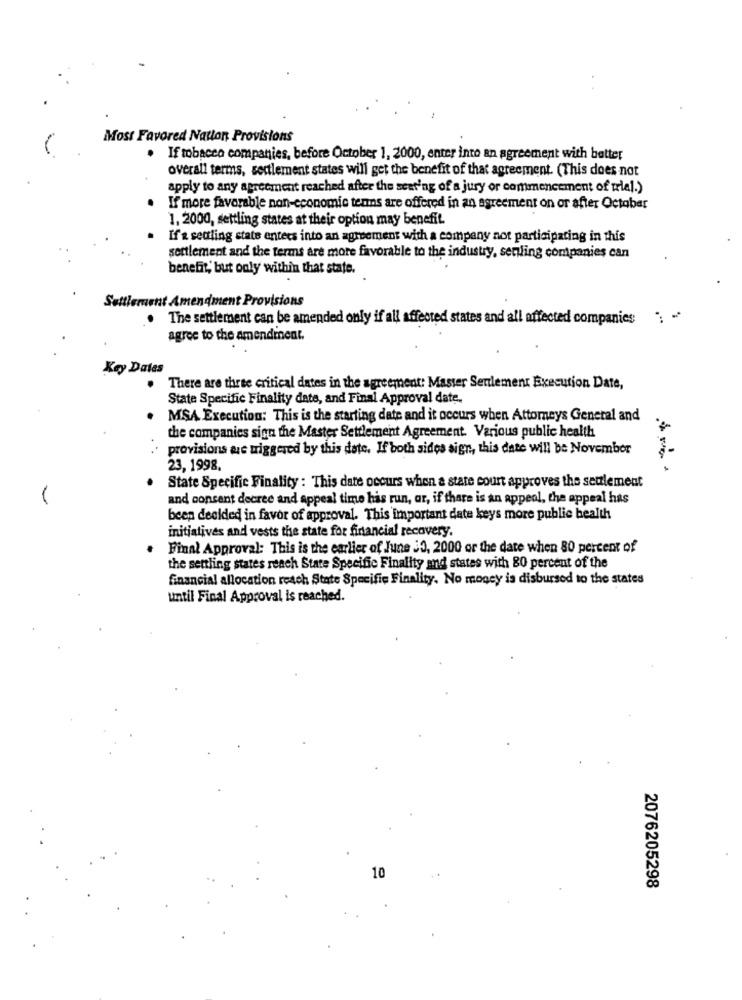
Most Favored Nation Provisions
. If tobacco companies, before October 1, 2000, enter into an agreement with better
overall terms, settlement states will get the benefit of that agreement. (This does not
apply to any agreement reached after the seating of a jury or commencement of trial.)
If more favorable non-economic tenns are offered in an agreement on or after October
1, 2000, settling states at their option may benefit.
If's secling state enters into an agreement with a company not participating in this
settlement and the terms are more favorable to the industry, sendling companies can
benefit, but only within that state.
Settlement Amendment Provisions
The settlement can be amended only if all affected states and all affected companies "; "
agree to the amendment.
Key Dates
There are three critical dates in the agreement: Master Seulement Execution Date,
State Specific Finality date, and Final Approval date.
MSA Execution: This is the starting date and it occurs when Attorneys General and
the companies sign the Master Settlement Agreement. Various public health
provisions me triggered by this date. If both sides sign, this date will be November
23, 1998.
State Specific Finality : This date occurs when a state court approves the settlement
and consent decree and appeal time has run, or, if there is an appeal, the appeal has
been decided in favor of approval. This important date keys more public health
initiatives and vests the state for financial recovery.
Final Approval: This is the earlier of June 30, 2000 or the date when 80 percent of
the settling states reach State Specific Finality and states with 80 percent of the
financial allocation reach State Specifie Finality. No money is disbursed to the states
until Final Approval is reached.
10
2076205298